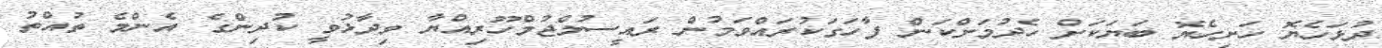
ދުޅަހެޔޮ ހަށިހެޔޮ ބަޔަކަށް ހެދުމަށްކަން ފާހަގަކުރައްވަމުން ރައީސުލްޖުމްހޫރިއްޔާ ވިދާޅުވީ ކުދިންގެ އެންމެ ތުއްތު